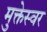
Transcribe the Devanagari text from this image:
मुक्तेस्वर